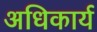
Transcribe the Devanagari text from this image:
अधिकार्य